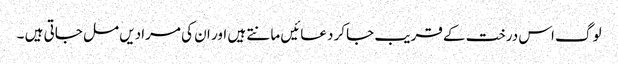
لوگ اس درخت کے قریب جاکر دعائیں مانتے ہیں اور ان کی مرادیں مل جاتی ہیں ۔